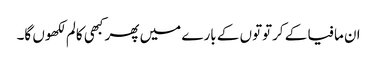
ان مافیا کے کرتوتوں کے بارے میں پھر کبھی کالم لکھوں گا۔